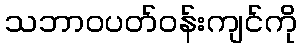
သဘာဝပတ်ဝန်းကျင်ကို